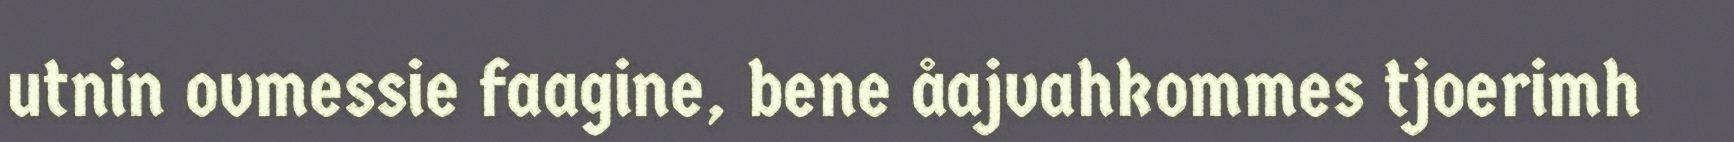
utnin ovmessie faagine, bene åajvahkommes tjoerimh